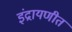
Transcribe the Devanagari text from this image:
इंद्रायणीत